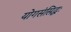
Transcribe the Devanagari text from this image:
योगसंसिद्धः